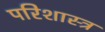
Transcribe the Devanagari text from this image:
परिशास्त्र